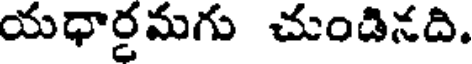
యధార్డమగు చుండినది.